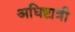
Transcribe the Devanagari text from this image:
अधिष्टात्री